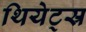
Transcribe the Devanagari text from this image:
थियेट्स्र